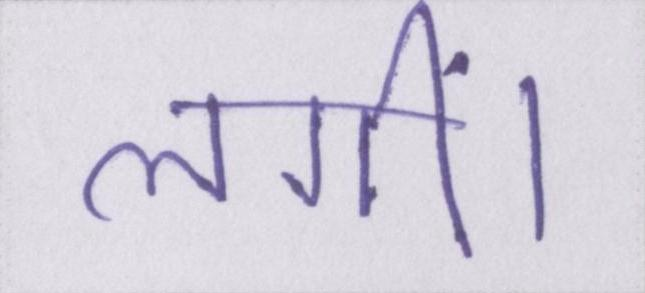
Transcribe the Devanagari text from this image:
लगीं।